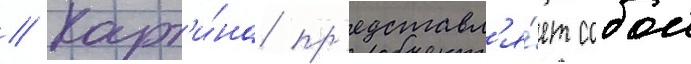
// Карт'и́на пр'едставл'я́ет собои